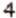
4